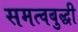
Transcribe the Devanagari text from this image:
समत्वबुद्धी